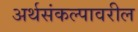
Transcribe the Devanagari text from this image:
अर्थसंकल्पावरील